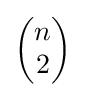
{\begin{pmatrix}n\\2\end{pmatrix}}